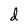
Character: d